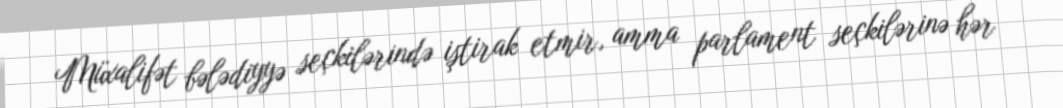
Müxalifət bələdiyyə seçkilərində iştirak etmir, amma parlament seçkilərinə hər